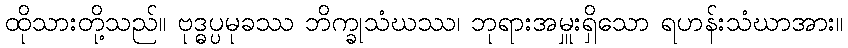
ထိုသားတို့သည်။ ဗုဒ္ဓပ္ပမုခဿ ဘိက္ခုသံဃဿ၊ ဘုရားအမှူးရှိသော ရဟန်းသံဃာအား။